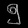
Digit: ၅